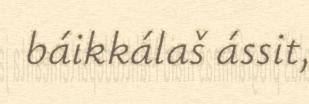
báikkálaš ássit,